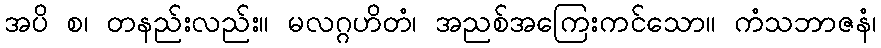
အပိ စ၊ တနည်းလည်း။ မလဂ္ဂဟိတံ၊ အညစ်အကြေးကင်သော။ ကံသဘာဇနံ၊